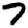
Digit: 7